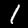
Label: 1